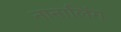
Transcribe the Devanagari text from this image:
नानालिंग